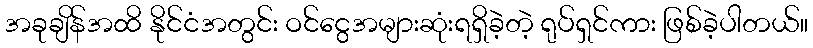
အခုချိန်အထိ နိုင်ငံအတွင်း ဝင်ငွေအများဆုံးရရှိခဲ့တဲ့ ရုပ်ရှင်ကား ဖြစ်ခဲ့ပါတယ်။